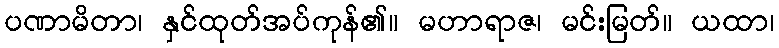
ပဏာမိတာ၊ နှင်ထုတ်အပ်ကုန်၏။ မဟာရာဇ၊ မင်းမြတ်။ ယထာ၊